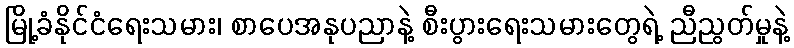
မြို့ခံနိုင်ငံရေးသမား၊ စာပေအနုပညာနဲ့ စီးပွားရေးသမားတွေရဲ့ ညီညွတ်မှုနဲ့